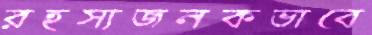
রহস্যজনকভাবে